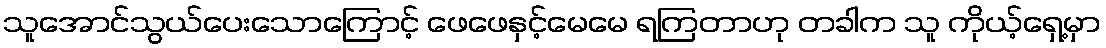
သူအောင်သွယ်ပေးသောကြောင့် ဖေဖေနှင့်မေမေ ရကြတာဟု တခါက သူ ကိုယ့်ရှေ့မှာ